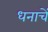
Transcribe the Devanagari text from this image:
धनाचें